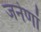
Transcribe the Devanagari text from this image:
जनेणां